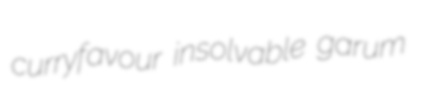
curryfavour insolvable garum